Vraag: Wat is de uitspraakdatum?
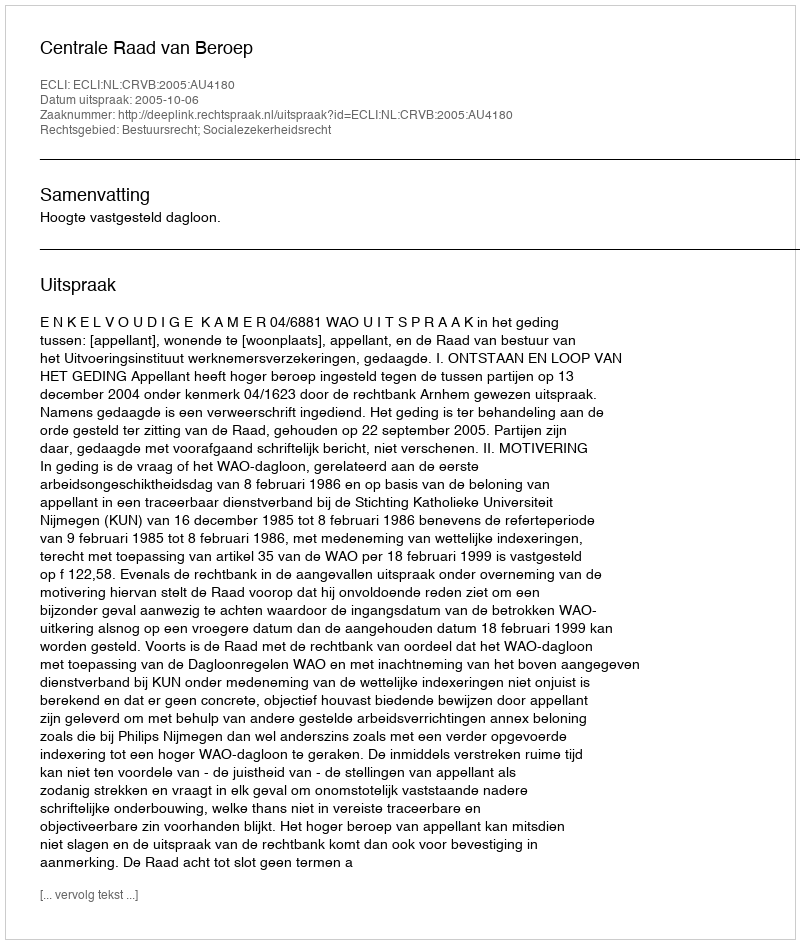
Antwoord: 2005-10-06